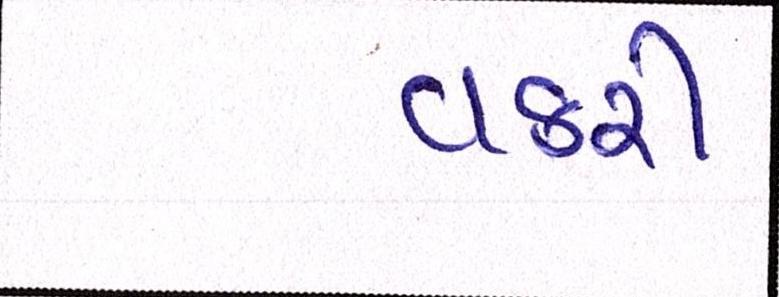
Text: વકરી